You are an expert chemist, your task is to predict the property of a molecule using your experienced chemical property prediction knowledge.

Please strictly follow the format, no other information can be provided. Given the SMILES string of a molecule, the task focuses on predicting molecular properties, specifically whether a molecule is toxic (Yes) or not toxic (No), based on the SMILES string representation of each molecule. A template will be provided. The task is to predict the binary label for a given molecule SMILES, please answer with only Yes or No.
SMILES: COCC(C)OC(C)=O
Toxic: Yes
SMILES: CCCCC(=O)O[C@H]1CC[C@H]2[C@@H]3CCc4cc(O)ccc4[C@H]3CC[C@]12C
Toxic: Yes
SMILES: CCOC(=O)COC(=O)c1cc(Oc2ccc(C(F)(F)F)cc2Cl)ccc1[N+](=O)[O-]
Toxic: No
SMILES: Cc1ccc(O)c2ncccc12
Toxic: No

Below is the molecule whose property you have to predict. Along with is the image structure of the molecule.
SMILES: Clc1nc2ccccc2nc1Cl
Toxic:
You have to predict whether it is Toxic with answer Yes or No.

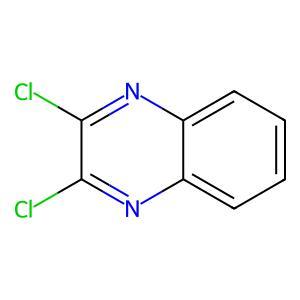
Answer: No